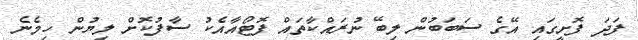
ފަދަ ފޮށީގައި އޭގެ ސަަބަބުން ލިބޭ ނުރައްކާތައް ފޮޓޯއާއެކު ސާފުކޮށް ލިޔުން ހިމެނެ